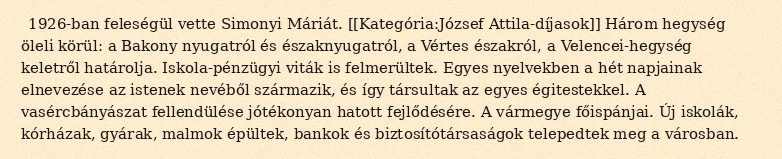
1926-ban feleségül vette Simonyi Máriát. [[Kategória:József Attila-díjasok]] Három hegység öleli körül: a Bakony nyugatról és északnyugatról, a Vértes északról, a Velencei-hegység keletről határolja. Iskola-pénzügyi viták is felmerültek. Egyes nyelvekben a hét napjainak elnevezése az istenek nevéből származik, és így társultak az egyes égitestekkel. A vasércbányászat fellendülése jótékonyan hatott fejlődésére. A vármegye főispánjai. Új iskolák, kórházak, gyárak, malmok épültek, bankok és biztosítótársaságok telepedtek meg a városban.